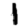
Digit: 1